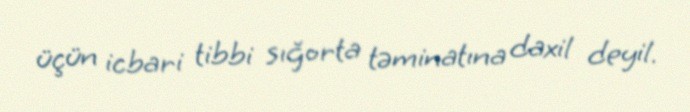
üçün icbari tibbi sığorta təminatına daxil deyil.